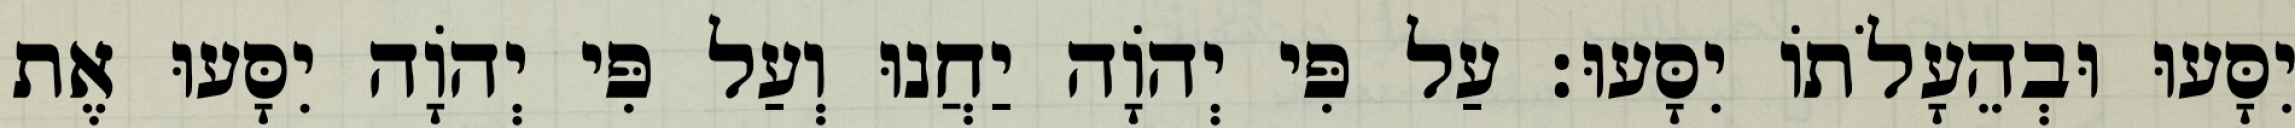
יִסָּעוּ וּבְהֵעָלֹתוֹ יִסָּעוּ׃ עַל פִּי יְהוָֹה יַחֲנוּ וְעַל פִּי יְהוָֹה יִסָּעוּ אֶת